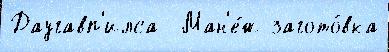
Даугавп'илса  Ман'е́ж загото́вка